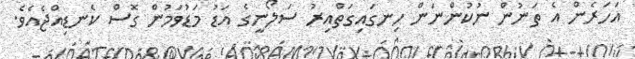
އަހަރެން އެ ތަނުން ނުކުންނަން ހިނގައިގަތްއިރު ސަލޯނީގެ އަޑު މަޑުވަމުން ގޮސް ކެނޑިއްޖެއެވެ.